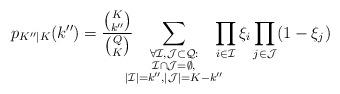
LaTeX: \begin{align*}p_{K''|K}(k'')&=\frac{\binom{K}{k''}}{\binom{Q}{K}}\!\!\!\!\sum_{\substack{\forall \mathcal{I},\mathcal{J}\subset\mathcal{Q}:\\ \mathcal{I}\cap\mathcal{J}=\emptyset,\\ |\mathcal{I}|=k'',|\mathcal{J}|=K-k''}}\!\!\!\!\prod_{i\in\mathcal{I}}\xi_i\prod_{j\in\mathcal{J}}(1-\xi_j)\end{align*}